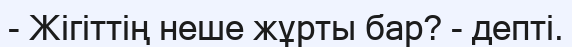
- Жігіттің неше жұрты бар? - депті.